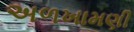
અળખામણી